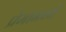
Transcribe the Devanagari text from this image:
प्रेमामध्ये